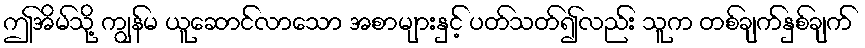
ဤအိမ်သို့ ကျွန်မ ယူဆောင်လာသော အစာများနှင့် ပတ်သတ်၍လည်း သူက တစ်ချက်နှစ်ချက်